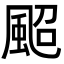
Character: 䫿